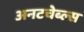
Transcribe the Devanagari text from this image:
अनटचेब्ल्स